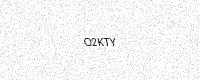
Text: O2KTY